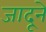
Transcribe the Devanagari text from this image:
जादूने